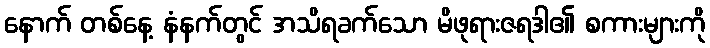
နောက် တစ်နေ့ နံနက်တွင် အသိရခက်သော မိဖုရားဇရဒါ၏ စကားများကို